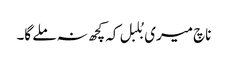
ناچ میری بُلبل کہ کچھ نہ ملے گا۔